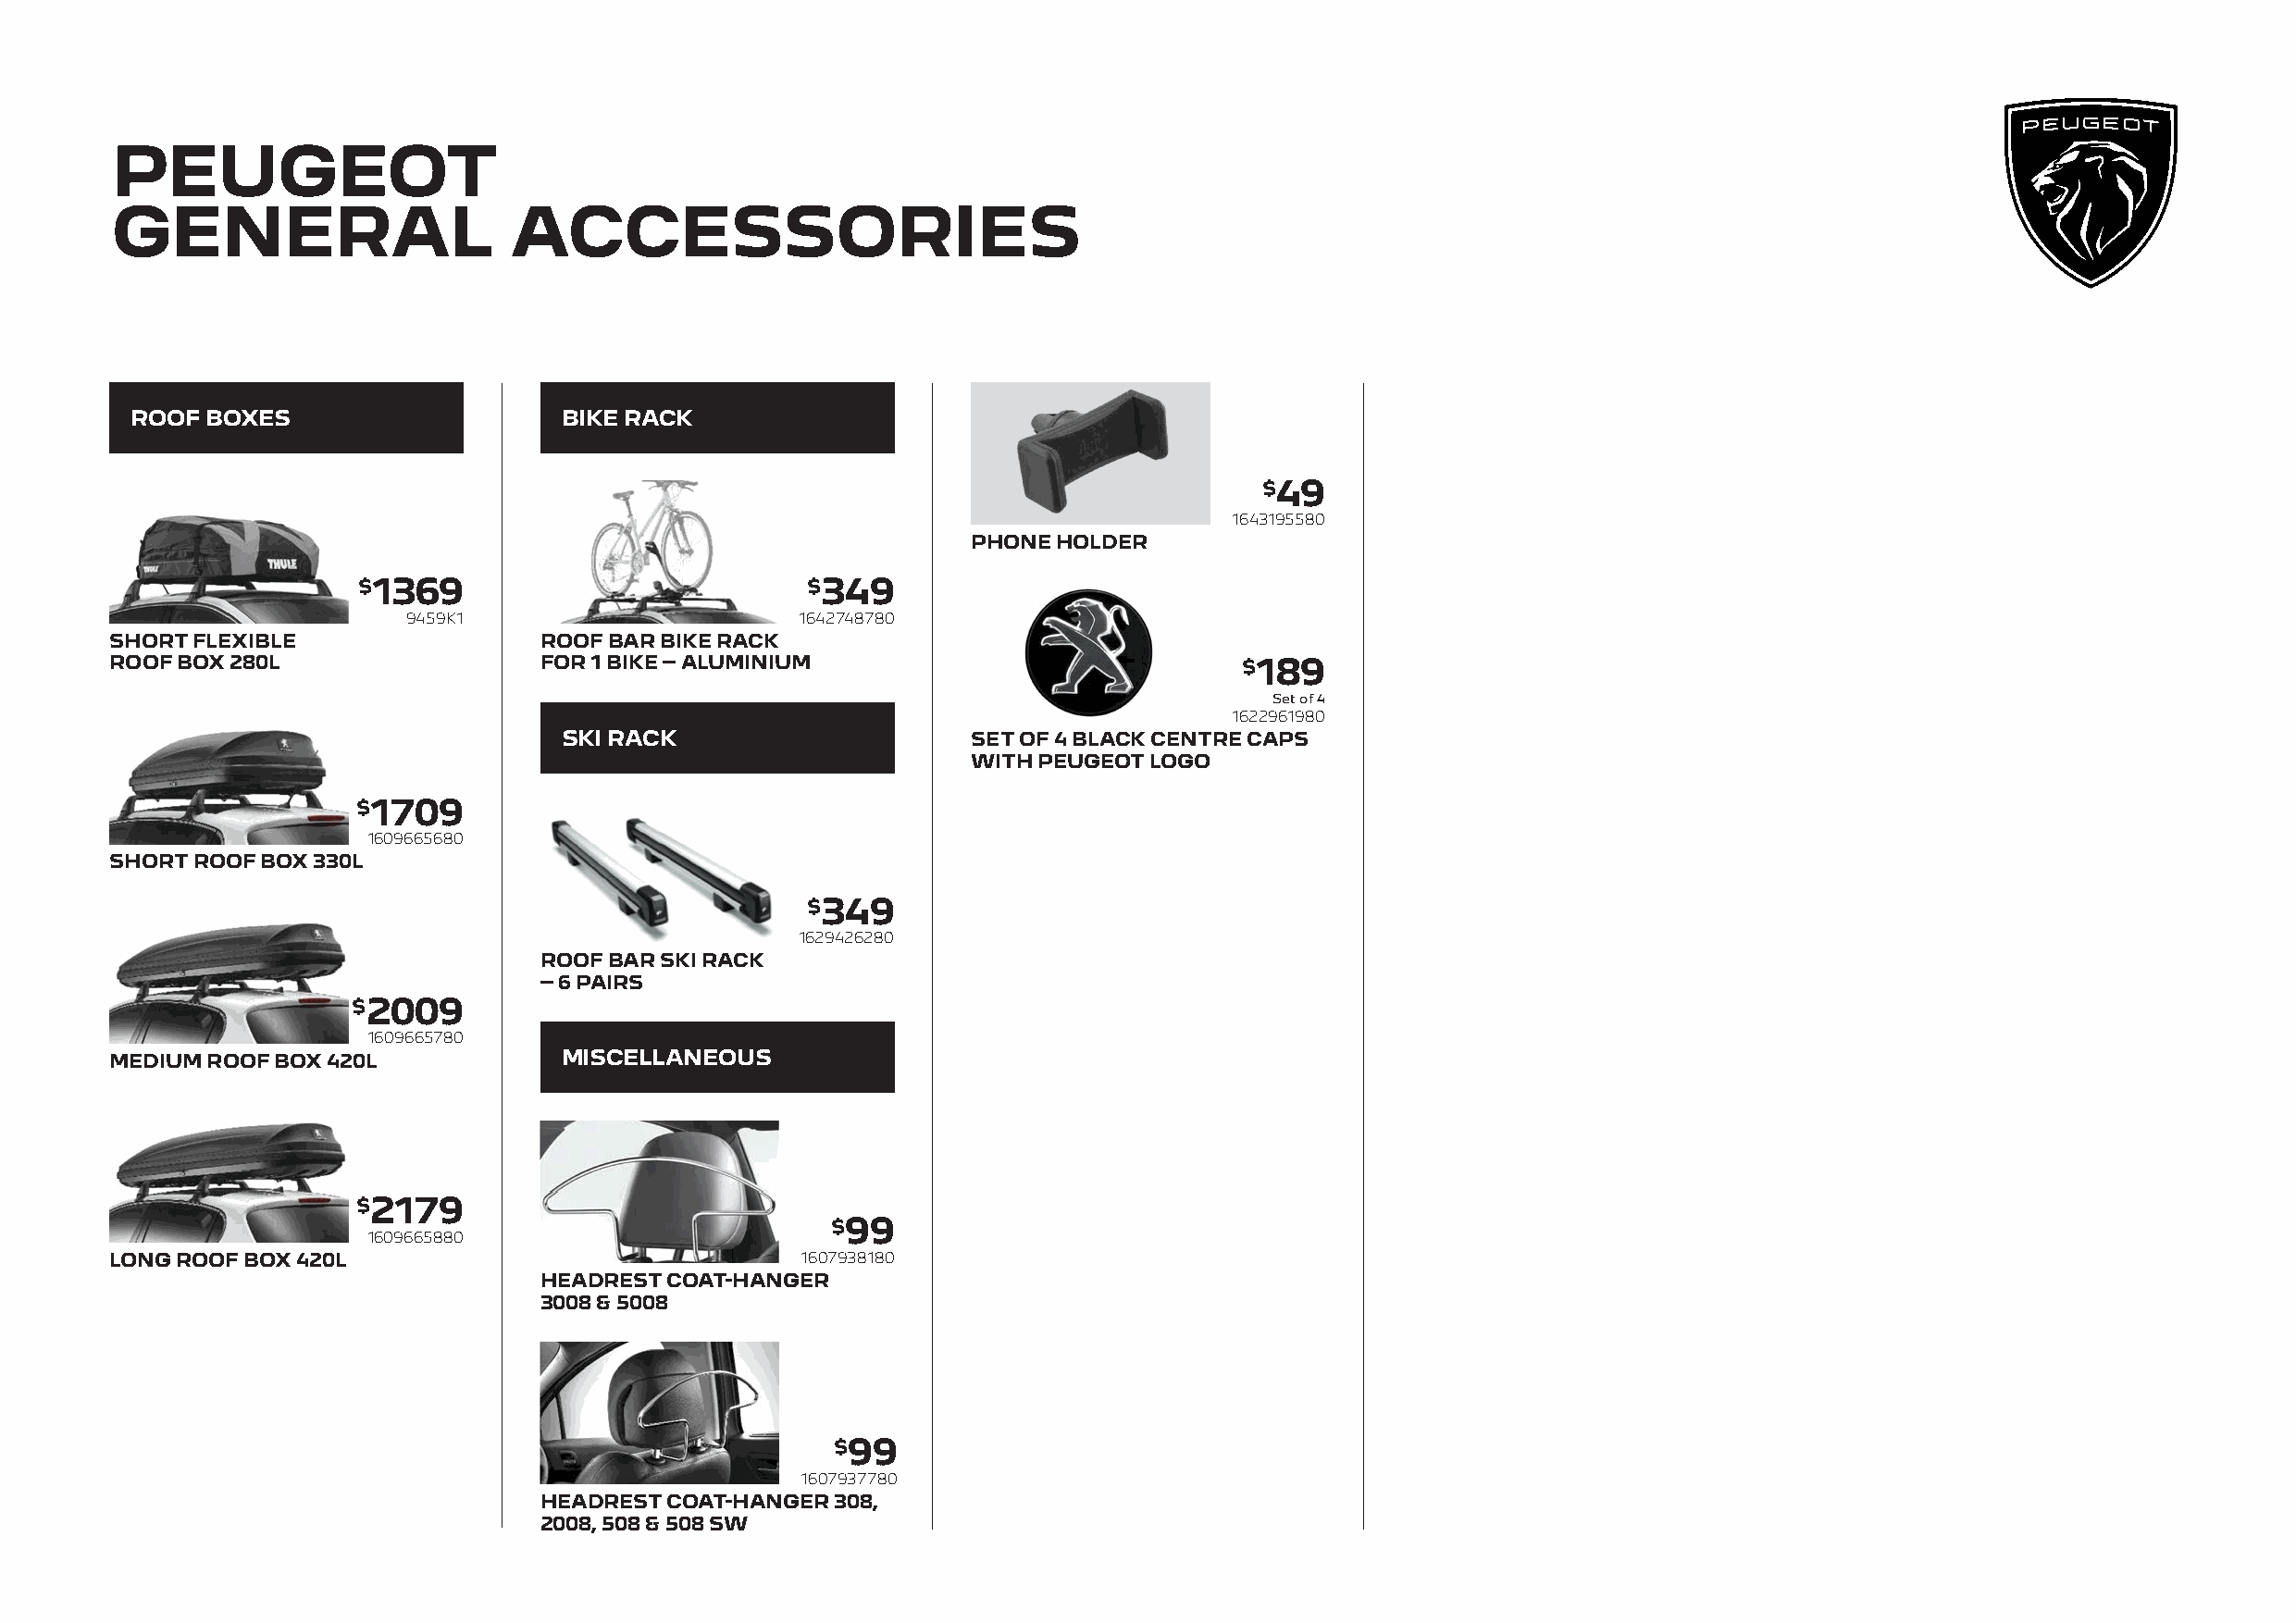
PEUGEOT
 GENERAL                      ACCESSORIES
 ROOF  BOXES                    BIKE RACK
 $49
 1643195580
 PHONE  HOLDER
 $1369                           $349
 9459K1                      1642748780
 SHORT FLEXIBLE                 ROOF BAR BIKE RACK
 ROOF BOX 280L                  FOR 1 BIKE – ALUMINIUM                            $189
 Set of 4
 1622961980
 SKI RACK                     SET OF 4 BLACK CENTRE CAPS
 WITH PEUGEOT LOGO
 $1709
 1609665680
 SHORT ROOF BOX 330L
 $349
 1629426280
 ROOF BAR SKI RACK
 – 6 PAIRS
 $2009
 1609665780
 MEDIUM ROOF BOX 420L            MISCELLANEOUS
 $2179
 $99
 1609665880
 LONG ROOF BOX 420L                               1607938180
 HEADREST COAT-HANGER
 3008 & 5008
 $99
 1607937780
 HEADREST COAT-HANGER 308,
 2008, 508 & 508 SW